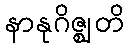
နာနုဂိဇ္ဈတိ